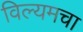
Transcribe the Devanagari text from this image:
विल्यमचा